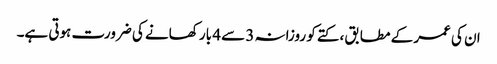
ان کی عمر کے مطابق ، کتے کو روزانہ 3 سے 4 بار کھانے کی ضرورت ہوتی ہے۔